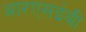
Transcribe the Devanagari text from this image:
आरएसईबी